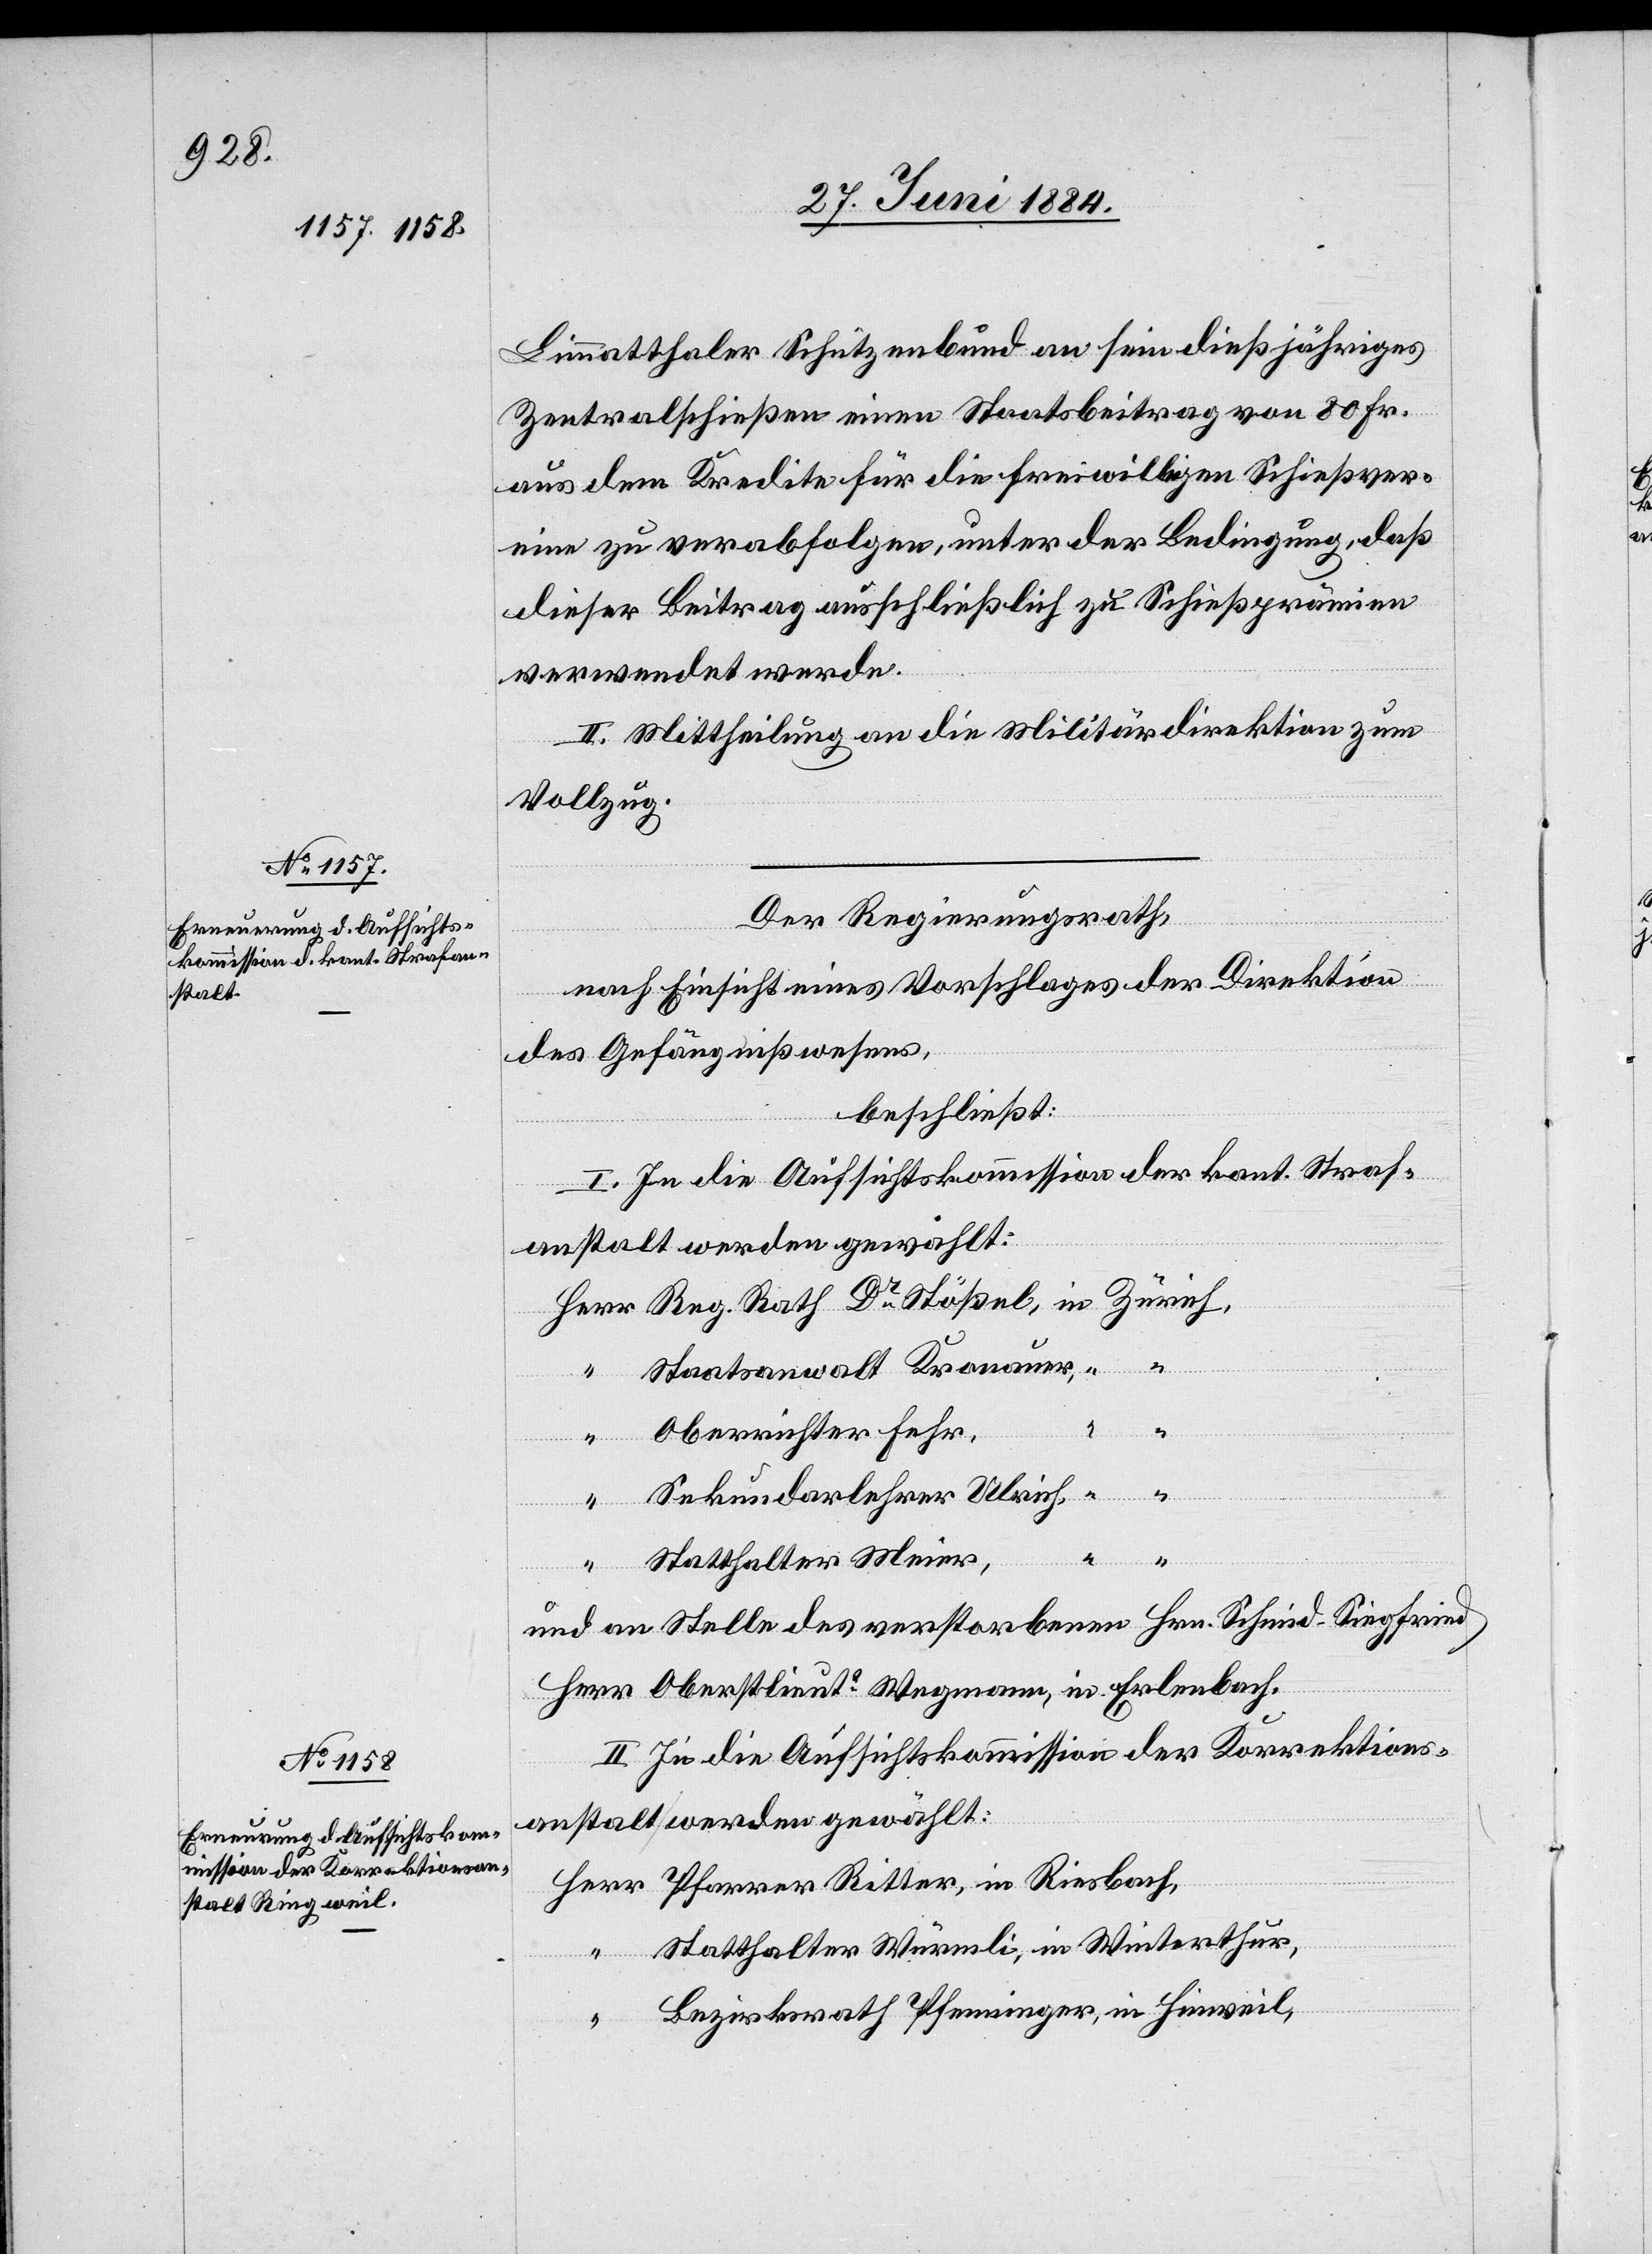
Limmatthaler Schützenbund an sein dießjähriges
Zentralschießen einen Staatsbeitrag von 80 Fr.
aus dem Kredite für die freiwilligen Schießver¬
eine zu verabfolgen, unter der Bedingung, daß
dieser Beitrag ausschließlich zu Schießprämien
verwendet werde.
II. Mittheilung an die Militärdirektion zum
Vollzug.
Der Regierungsrath,
nach Einsicht eines Vorschlages der Direktion
des Gefängnißwesens,
beschließt:
I. In die Aufsichtskommission der kant. Straf¬
anstalt werden gewählt:
von
Staatsanwalt Kronauer,
Oberrichter Fehr,
“
Riesbach,
Sekundarlehrer Ulrich,
Herr
Statthalter Meier,
und an Stelle der verstorbenen Hrn. Schmid-Siegfried
Herr Oberstlieutt Wegmann, in Erlenbach.
II. In die Aufsichtskommission der Korrektions¬
anstalt werden gewählt:
Statthalter Würmli, in Winterthur,
Bezirksrath Pfenninger, in Hinweil,